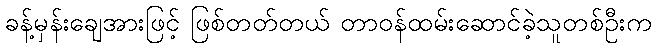
ခန့်မှန်းချေအားဖြင့် ဖြစ်တတ်တယ် တာဝန်ထမ်းဆောင်ခဲ့သူတစ်ဦးက